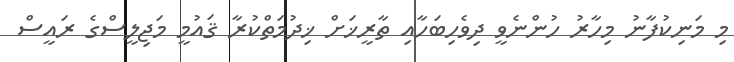
މި މަނިކުފާނު މިހާރު ހުންނެވީ ދިވެހިބަހާއި ތާރީޚަށް ޚިދުމަތްކުރާ ޤައުމީ މަޖިލީސްގެ ރައީސް